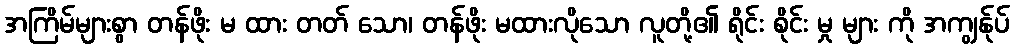
အကြိမ်များစွာ တန်ဖိုး မ ထား တတ် သော၊ တန်ဖိုး မထားလိုသော လူတို့၏ ရိုင်း စိုင်း မှု များ ကို အကျွန်ုပ်